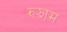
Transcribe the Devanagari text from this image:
रुझाम